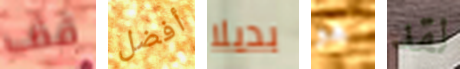
قف أفضل بديلا هو لقد